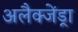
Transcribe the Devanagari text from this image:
अलैक्जेंड्रा